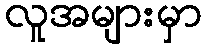
လူအများမှာ